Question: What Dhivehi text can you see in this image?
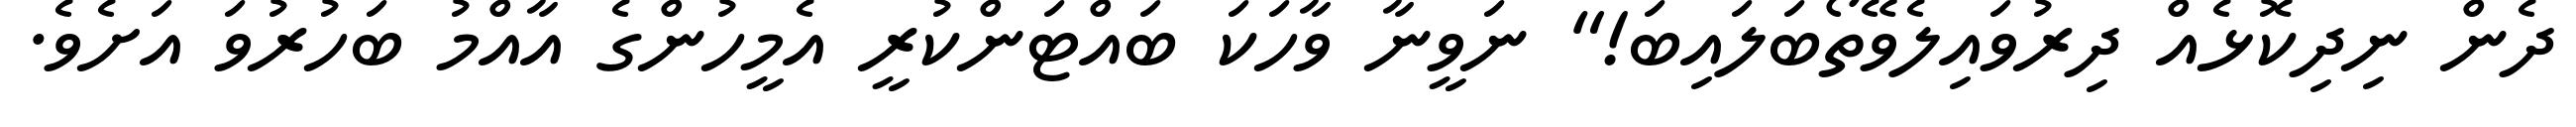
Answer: ދެން ނިދިކޮޅެއް ދިރުވައިލެވޭތޯބަލައިބަ!" ނަވީނާ ވާހަކަ ބައްޓަންކުރީ އެމީހުންގެ އާއްމު ބަހުރުވަ އަށެވެ.